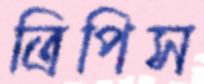
ত্রিপিস